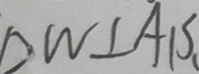
D W \bot A B